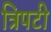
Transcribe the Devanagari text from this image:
त्रिपटी